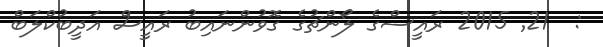
:  21